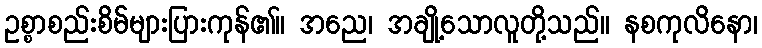
ဥစ္စာစည်းစိမ်များပြားကုန်၏။ အညေ၊ အချို့သောလူတို့သည်။ နစကုလိနော၊